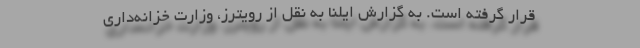
قرار گرفته است. به گزارش ایلنا به نقل از رویترز، وزارت خزانه‌داری